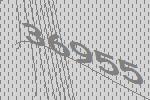
36955